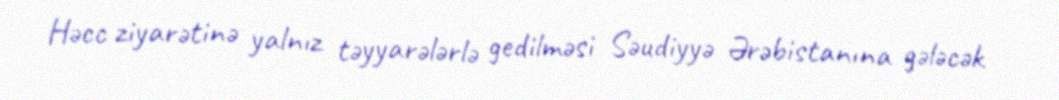
Həcc ziyarətinə yalnız təyyarələrlə gedilməsi Səudiyyə Ərəbistanına gələcək